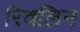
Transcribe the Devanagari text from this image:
रिवलिन